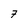
Character: 7